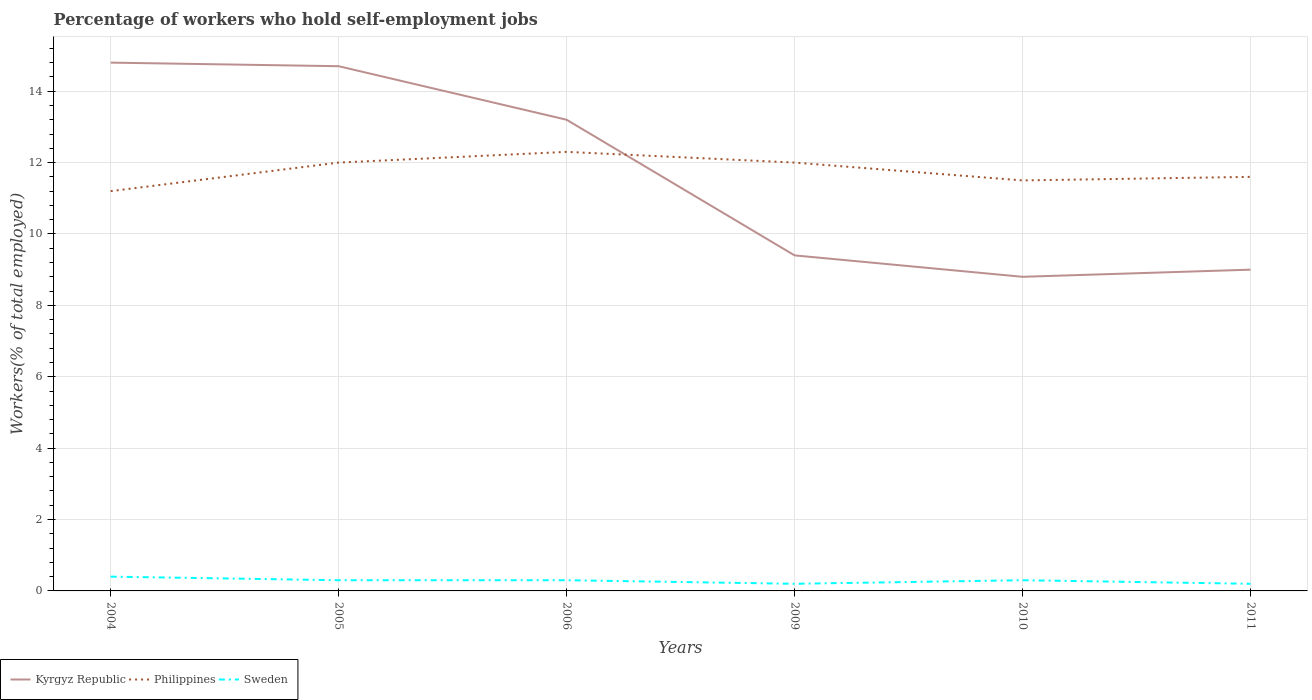
| Years | Kyrgyz Republic | Philippines | Sweden |
 | --- | --- | --- | --- |
 | 2004 | 14.8 | 11.2 | 0.4 |
 | 2005 | 14.7 | 12 | 0.3 |
 | 2006 | 13.2 | 12.3 | 0.3 |
 | 2009 | 9.4 | 12 | 0.2 |
 | 2010 | 8.8 | 11.5 | 0.3 |
 | 2011 | 9 | 11.6 | 0.2 |